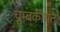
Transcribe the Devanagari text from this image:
चुम्बकीयता